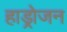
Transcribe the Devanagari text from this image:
हाड्रोजन